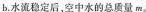
b.水流稳定后，空中水的总质量m。